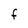
Character: F